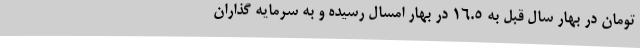
تومان در بهار سال قبل به 16.5 در بهار امسال رسیده و به سرمایه گذاران